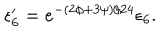
\epsilon _ { 6 } ^ { \prime } = e ^ { - ( 2 \phi + 3 \psi ) / 2 4 } \epsilon _ { 6 } .